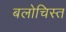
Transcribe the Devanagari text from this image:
बलोचिस्त